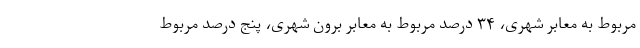
مربوط به معابر شهری، ۳۴ درصد مربوط به معابر برون شهری، پنج درصد مربوط